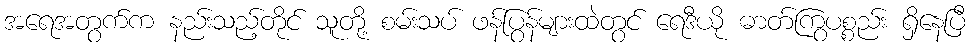
အရေအတွက်က နည်းသည့်တိုင် သူတို့ စမ်းသပ် ဖန်ပြွန်များထဲတွင် ရေဒီယို ဓာတ်ကြွပစ္စည်း ရှိနေပြီ